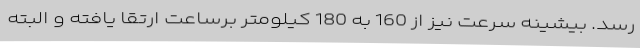
رسد. بیشینه سرعت نیز از 160 به 180 کیلومتر برساعت ارتقا یافته و البته